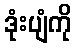
ဒုံးပျံကို